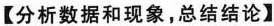
【分析数据和现象，总结结论】